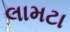
લામટા